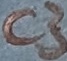
Text: C3